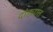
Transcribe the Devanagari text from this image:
दांड्यात